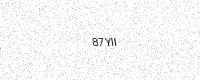
Text: 87YII